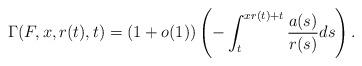
LaTeX: \begin{align*} \Gamma(F,x, r(t),t)=(1+o(1)) \left( -\int_{t}^{xr(t)+t}\frac{a(s)}{r(s)} ds\right).\end{align*}